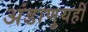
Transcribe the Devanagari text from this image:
अंडाणुयहीं